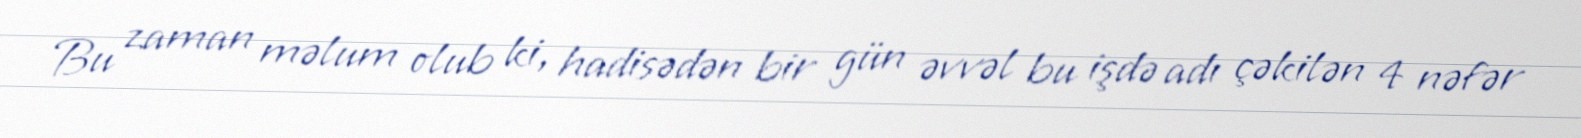
Bu zaman məlum olub ki, hadisədən bir gün əvvəl bu işdə adı çəkilən 4 nəfər